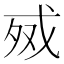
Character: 𰒧